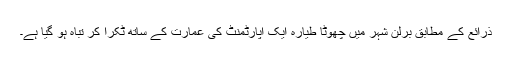
ذرائع کے مطابق برلن شہر میں چھوٹا طیارہ ایک اپارٹمنٹ کی عمارت کے ساتھ ٹکرا کر تباہ ہو گیا ہے۔